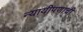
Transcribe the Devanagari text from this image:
न्यायीपणाची